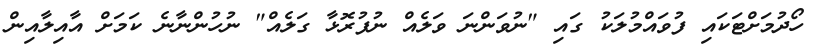
ހޯދުމަށްޓަކައި ފުވައްމުލަކު ގައި "ނުވަންނަ ވަލެއް ނުފުރޮޅާ ގަލެއް" ނުހުންނާނެ ކަމަށް އާއިލާއިން